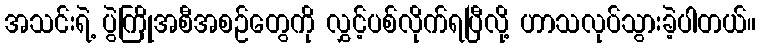
အသင်းရဲ့ ပွဲကြိုအစီအစဉ်တွေကို လွှင့်ပစ်လိုက်ရပြီလို့ ဟာသလုပ်သွားခဲ့ပါတယ်။